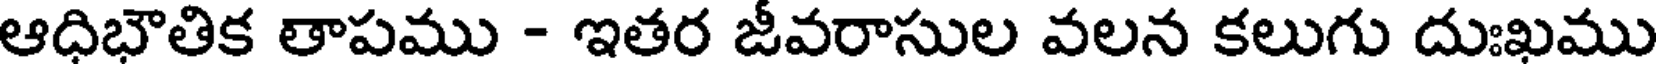
ఆధిభౌతిక తాపము - ఇతర జీవరాసుల వలన కలుగు దుఃఖము